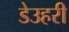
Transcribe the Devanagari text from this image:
डेउहरी